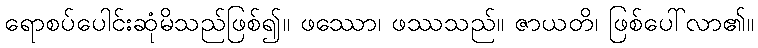
ရောစပ်ပေါင်းဆုံမိသည်ဖြစ်၍။ ဖဿော၊ ဖဿသည်။ ဇာယတိ၊ ဖြစ်ပေါ်လာ၏။